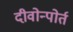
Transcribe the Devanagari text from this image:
दीवोन्पोर्त